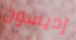
إديسون